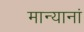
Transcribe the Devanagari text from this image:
मान्यानां